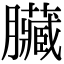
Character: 臟